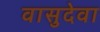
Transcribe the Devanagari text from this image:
वासुदेवा